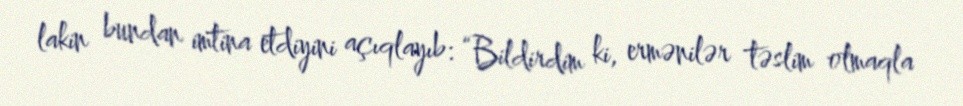
lakin bundan imtina etdiyini açıqlayıb: “Bildirdim ki, ermənilər təslim olmaqla